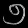
Digit: ၅